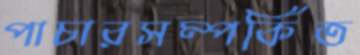
পাচারসম্পর্কিত